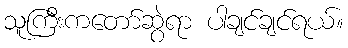
သူကြီးကတော်ဆွဲရာ ပါချင်ချင်ရယ်။